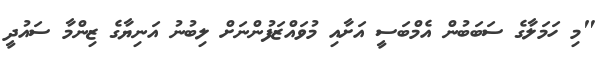
"މި ހަމަލާގެ ސަބަބުން އެމްބަސީ އަށާއި މުވައްޒަފުންނަށް ލިބުނު އަނިޔާގެ ޒިންމާ ސައުދީ